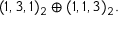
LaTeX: ( 1 , 3 , 1 ) _ { 2 } \oplus ( 1 , 1 , 3 ) _ { 2 } .